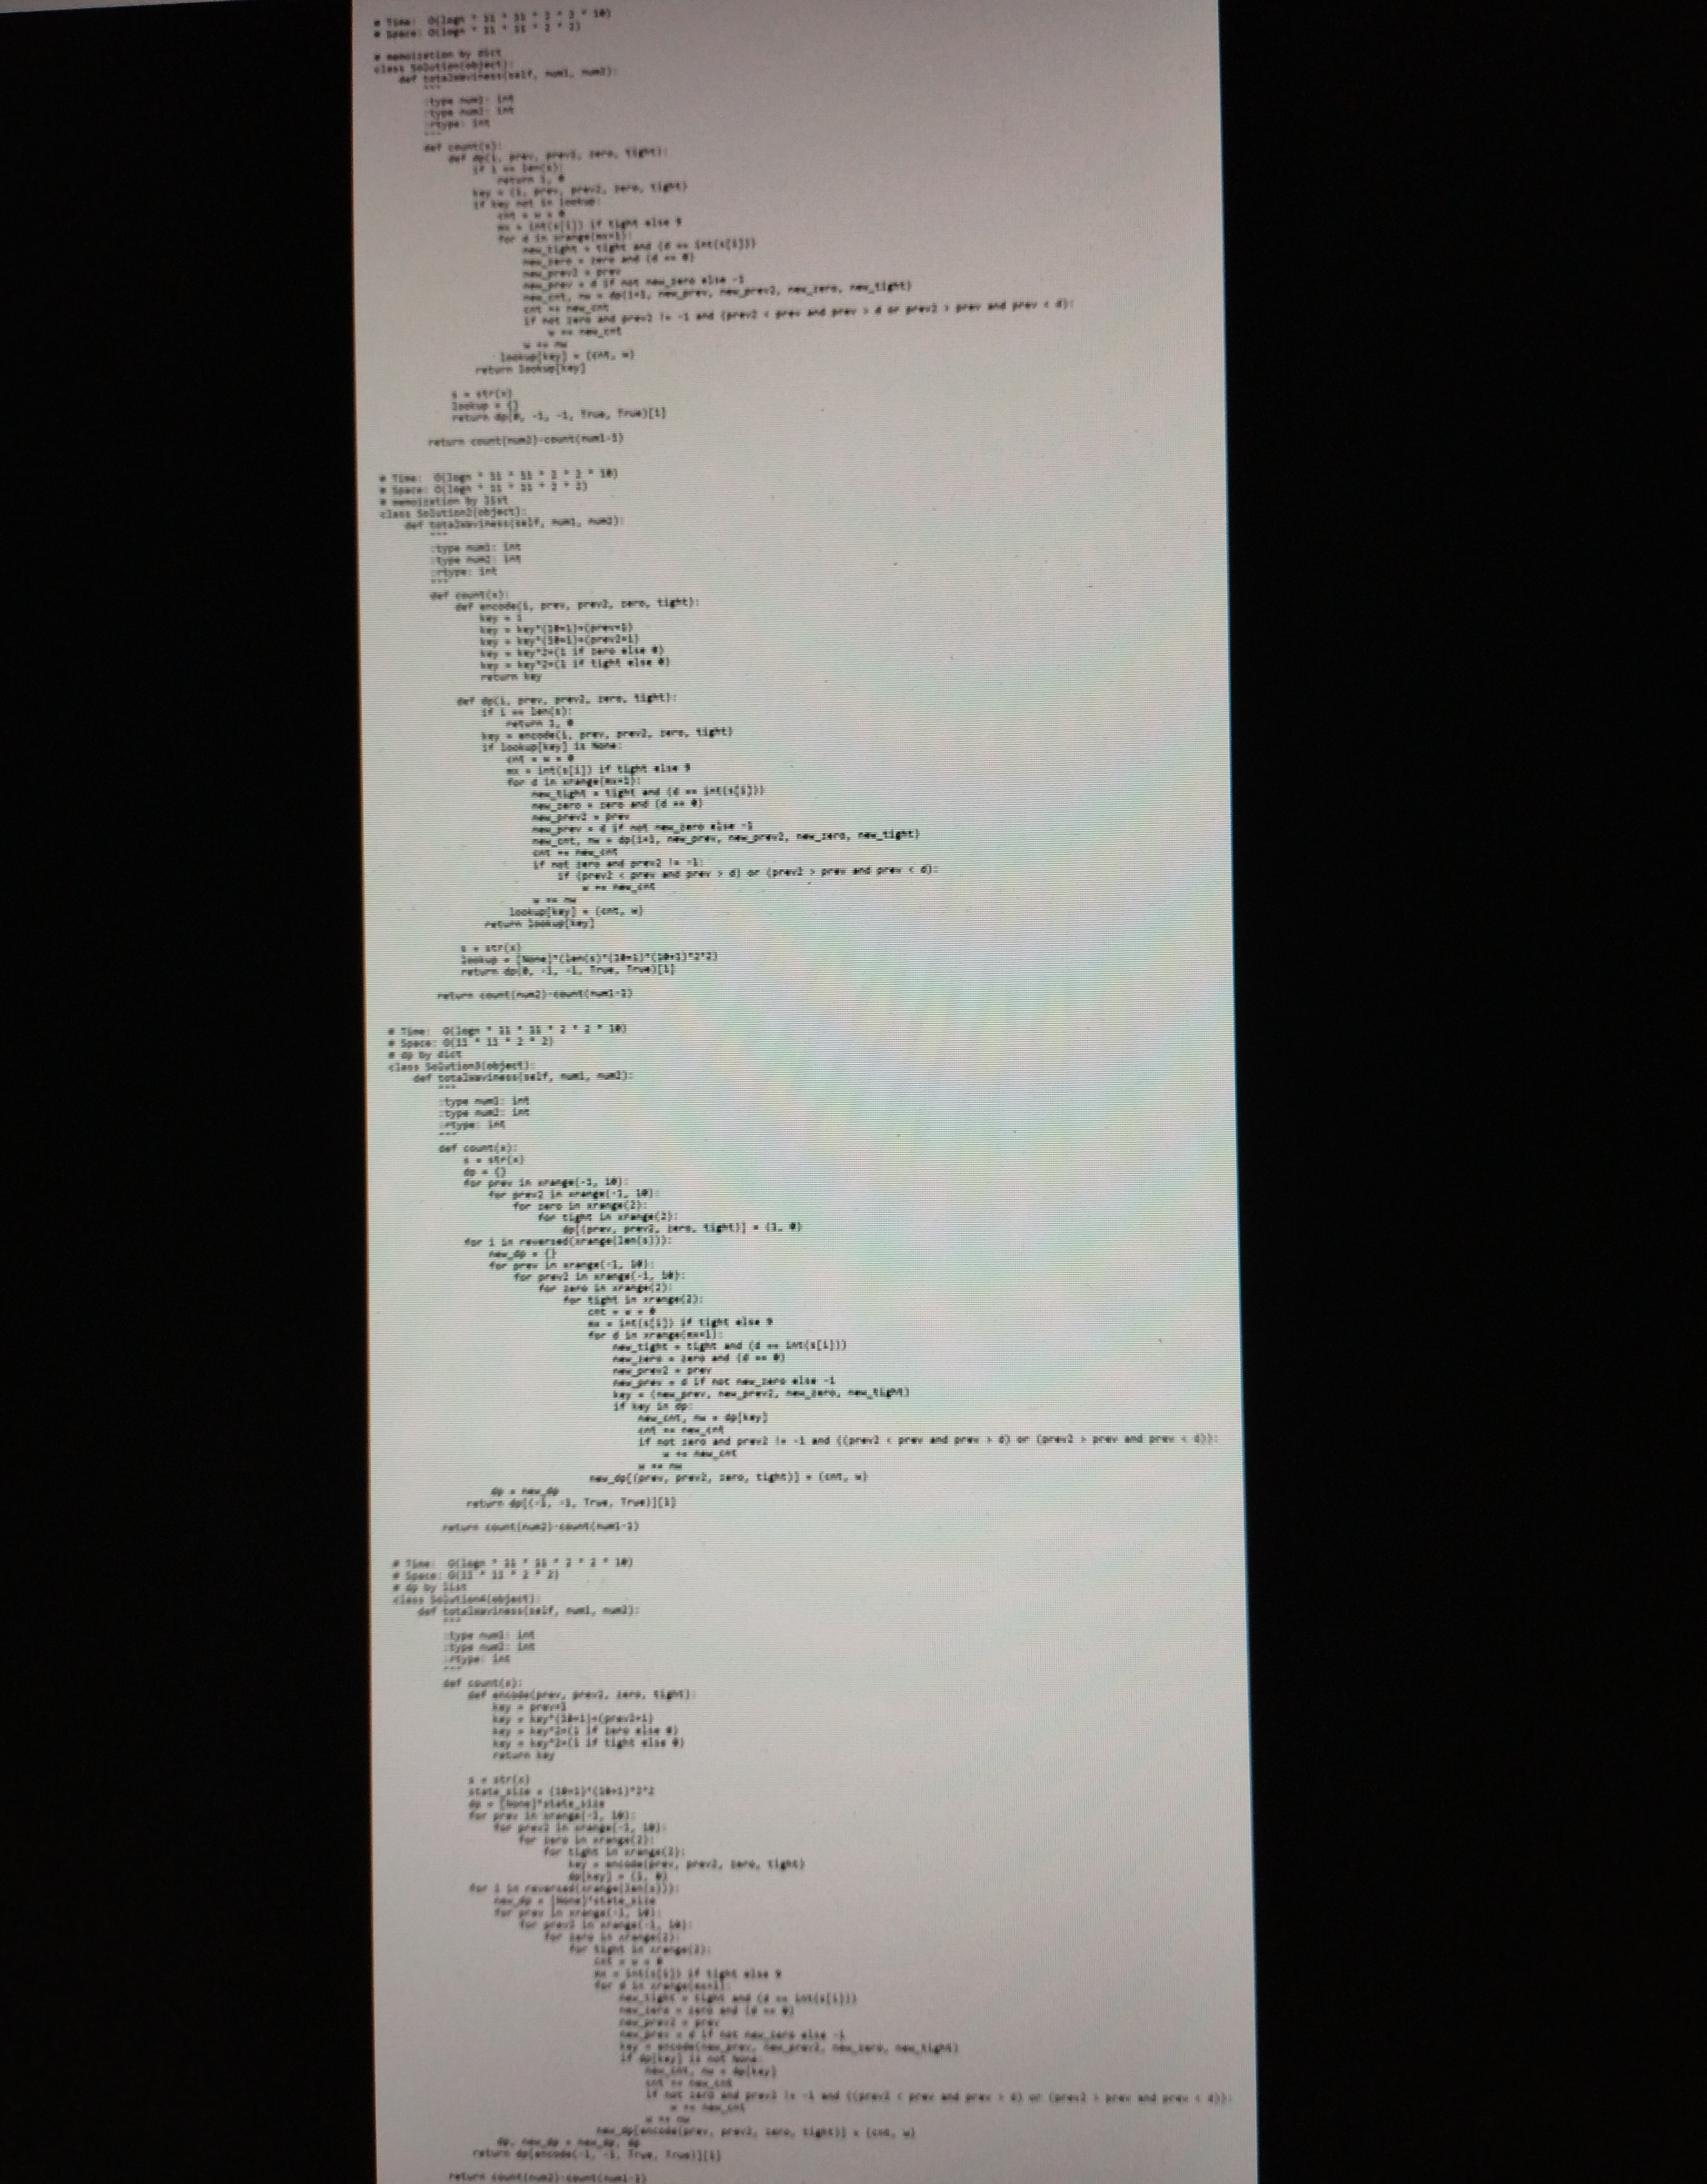
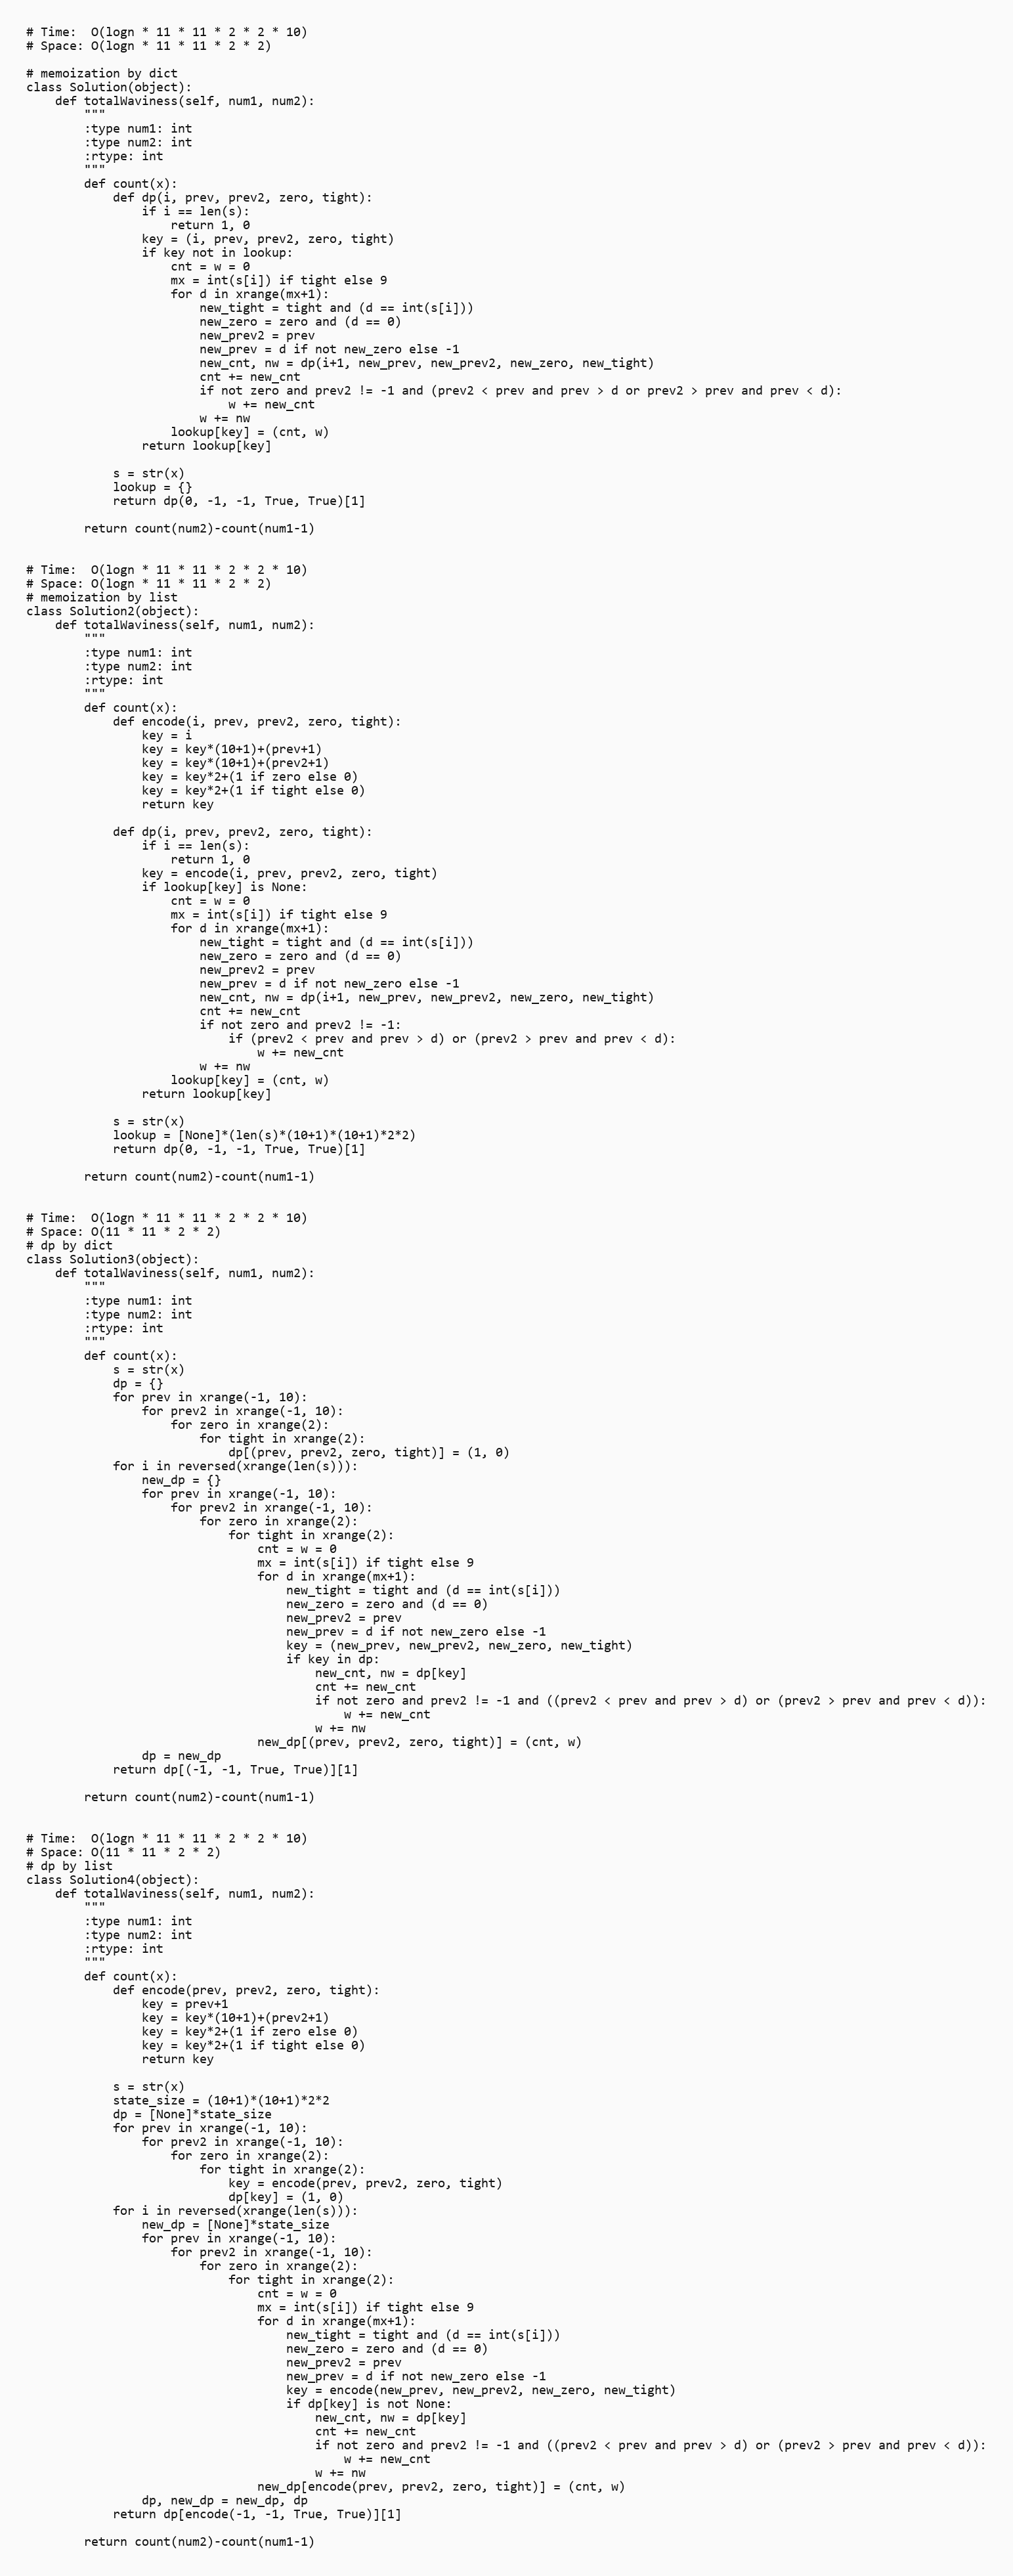
# Time:  O(logn * 11 * 11 * 2 * 2 * 10)
# Space: O(logn * 11 * 11 * 2 * 2)

# memoization by dict
class Solution(object):
    def totalWaviness(self, num1, num2):
        """
        :type num1: int
        :type num2: int
        :rtype: int
        """
        def count(x):
            def dp(i, prev, prev2, zero, tight):
                if i == len(s):
                    return 1, 0
                key = (i, prev, prev2, zero, tight)
                if key not in lookup:
                    cnt = w = 0
                    mx = int(s[i]) if tight else 9
                    for d in xrange(mx+1):
                        new_tight = tight and (d == int(s[i]))
                        new_zero = zero and (d == 0)
                        new_prev2 = prev
                        new_prev = d if not new_zero else -1
                        new_cnt, nw = dp(i+1, new_prev, new_prev2, new_zero, new_tight)
                        cnt += new_cnt
                        if not zero and prev2 != -1 and (prev2 < prev and prev > d or prev2 > prev and prev < d):
                            w += new_cnt
                        w += nw
                    lookup[key] = (cnt, w)
                return lookup[key]

            s = str(x)
            lookup = {}
            return dp(0, -1, -1, True, True)[1]

        return count(num2)-count(num1-1)

# Time:  O(logn * 11 * 11 * 2 * 2 * 10)
# Space: O(logn * 11 * 11 * 2 * 2)
# memoization by list
class Solution2(object):
    def totalWaviness(self, num1, num2):
        """
        :type num1: int
        :type num2: int
        :rtype: int
        """
        def count(x):
            def encode(i, prev, prev2, zero, tight):
                key = i
                key = key*(10+1)+(prev+1)
                key = key*(10+1)+(prev2+1)
                key = key*2+(1 if zero else 0)
                key = key*2+(1 if tight else 0)
                return key

            def dp(i, prev, prev2, zero, tight):
                if i == len(s):
                    return 1, 0
                key = encode(i, prev, prev2, zero, tight)
                if lookup[key] is None:
                    cnt = w = 0
                    mx = int(s[i]) if tight else 9
                    for d in xrange(mx+1):
                        new_tight = tight and (d == int(s[i]))
                        new_zero = zero and (d == 0)
                        new_prev2 = prev
                        new_prev = d if not new_zero else -1
                        new_cnt, nw = dp(i+1, new_prev, new_prev2, new_zero, new_tight)
                        cnt += new_cnt
                        if not zero and prev2 != -1:
                            if (prev2 < prev and prev > d) or (prev2 > prev and prev < d):
                                w += new_cnt
                        w += nw
                    lookup[key] = (cnt, w)
                return lookup[key]

            s = str(x)
            lookup = [None]*(len(s)*(10+1)*(10+1)*2*2)
            return dp(0, -1, -1, True, True)[1]

        return count(num2)-count(num1-1)

# Time:  O(logn * 11 * 11 * 2 * 2 * 10)
# Space: O(11 * 11 * 2 * 2)
# dp by dict
class Solution3(object):
    def totalWaviness(self, num1, num2):
        """
        :type num1: int
        :type num2: int
        :rtype: int
        """
        def count(x):
            s = str(x)
            dp = {}
            for prev in xrange(-1, 10):
                for prev2 in xrange(-1, 10):
                    for zero in xrange(2):
                        for tight in xrange(2):
                            dp[(prev, prev2, zero, tight)] = (1, 0)
            for i in reversed(xrange(len(s))):
                new_dp = {}
                for prev in xrange(-1, 10):
                    for prev2 in xrange(-1, 10):
                        for zero in xrange(2):
                            for tight in xrange(2):
                                cnt = w = 0
                                mx = int(s[i]) if tight else 9
                                for d in xrange(mx+1):
                                    new_tight = tight and (d == int(s[i]))
                                    new_zero = zero and (d == 0)
                                    new_prev2 = prev
                                    new_prev = d if not new_zero else -1
                                    key = (new_prev, new_prev2, new_zero, new_tight)
                                    if key in dp:
                                        new_cnt, nw = dp[key]
                                        cnt += new_cnt
                                        if not zero and prev2 != -1 and ((prev2 < prev and prev > d) or (prev2 > prev and prev < d)):
                                            w += new_cnt
                                        w += nw
                                new_dp[(prev, prev2, zero, tight)] = (cnt, w)
                dp = new_dp
            return dp[(-1, -1, True, True)][1]

        return count(num2)-count(num1-1)

# Time:  O(logn * 11 * 11 * 2 * 2 * 10)
# Space: O(11 * 11 * 2 * 2)
# dp by list
class Solution4(object):
    def totalWaviness(self, num1, num2):
        """
        :type num1: int
        :type num2: int
        :rtype: int
        """
        def count(x):
            def encode(prev, prev2, zero, tight):
                key = prev+1
                key = key*(10+1)+(prev2+1)
                key = key*2+(1 if zero else 0)
                key = key*2+(1 if tight else 0)
                return key

            s = str(x)
            state_size = (10+1)*(10+1)*2*2
            dp = [None]*state_size
            for prev in xrange(-1, 10):
                for prev2 in xrange(-1, 10):
                    for zero in xrange(2):
                        for tight in xrange(2):
                            key = encode(prev, prev2, zero, tight)
                            dp[key] = (1, 0)
            for i in reversed(xrange(len(s))):
                new_dp = [None]*state_size
                for prev in xrange(-1, 10):
                    for prev2 in xrange(-1, 10):
                        for zero in xrange(2):
                            for tight in xrange(2):
                                cnt = w = 0
                                mx = int(s[i]) if tight else 9
                                for d in xrange(mx+1):
                                    new_tight = tight and (d == int(s[i]))
                                    new_zero = zero and (d == 0)
                                    new_prev2 = prev
                                    new_prev = d if not new_zero else -1
                                    key = encode(new_prev, new_prev2, new_zero, new_tight)
                                    if dp[key] is not None:
                                        new_cnt, nw = dp[key]
                                        cnt += new_cnt
                                        if not zero and prev2 != -1 and ((prev2 < prev and prev > d) or (prev2 > prev and prev < d)):
                                            w += new_cnt
                                        w += nw
                                new_dp[encode(prev, prev2, zero, tight)] = (cnt, w)
                dp, new_dp = new_dp, dp
            return dp[encode(-1, -1, True, True)][1]

        return count(num2)-count(num1-1)